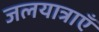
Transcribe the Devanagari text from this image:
जलयात्राएँ